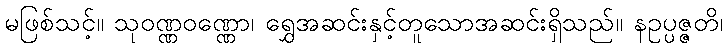
မဖြစ်သင့်။ သုဝဏ္ဏဝဏ္ဏော၊ ရွှေအဆင်းနှင့်တူသောအဆင်းရှိသည်။ နဥပ္ပဇ္ဇတိ၊